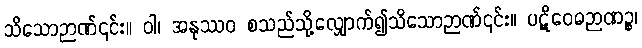
သိသောဉာဏ်၎င်း။ ဝါ၊ အနုဿဝ စသည်သို့လျှောက်၍သိသောဉာဏ်၎င်း။ ပဋိဝေဓဉာဏဉ္စ၊